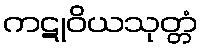
ကဋုဝိယသုတ္တံ